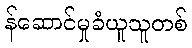
န်ဆောင်မှုခံယူသူတစ်